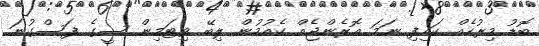
ބޮޑު މިރުހެއް ކައިފި ނަމަ އޮރެންޖެއް ކެއުމުން ލިބޭ ވިޓަމިން ސީގެ ފަސްގުނަ